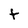
Character: t